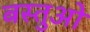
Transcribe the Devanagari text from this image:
बस्तुओ